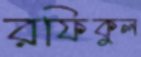
রফিকুল